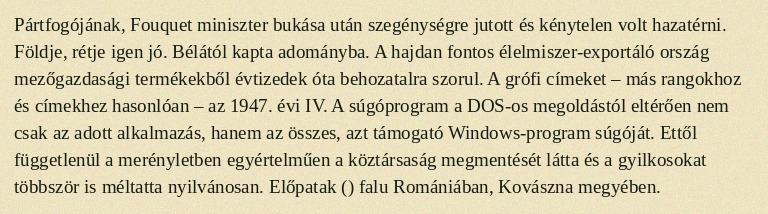
Pártfogójának, Fouquet miniszter bukása után szegénységre jutott és kénytelen volt hazatérni. Földje, rétje igen jó. Bélától kapta adományba. A hajdan fontos élelmiszer-exportáló ország mezőgazdasági termékekből évtizedek óta behozatalra szorul. A grófi címeket – más rangokhoz és címekhez hasonlóan – az 1947. évi IV. A súgóprogram a DOS-os megoldástól eltérően nem csak az adott alkalmazás, hanem az összes, azt támogató Windows-program súgóját. Ettől függetlenül a merényletben egyértelműen a köztársaság megmentését látta és a gyilkosokat többször is méltatta nyilvánosan. Előpatak () falu Romániában, Kovászna megyében.